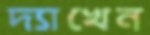
দ্যাখেন